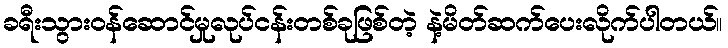
ခရီးသွားဝန်ဆောင်မှုလုပ်ငန်းတစ်ခုဖြစ်တဲ့ နဲ့မိတ်ဆက်ပေးလိုက်ပါတယ်။